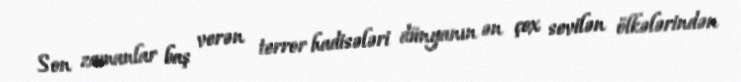
Son zamanlar baş verən terror hadisələri dünyanın ən çox sevilən ölkələrindən